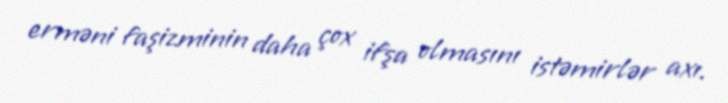
erməni faşizminin daha çox ifşa olmasını istəmirlər axı.